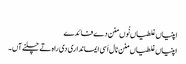
‏
اپنیاں غلطیاں نُوں منن دے فائدے
اپنیاں غلطیاں منن نال اَسی ایمانداری دی راہ تے چلنے آں۔